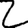
Digit: 2